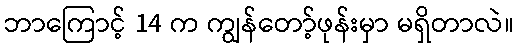
ဘာကြောင့် 14 က ကျွန်တော့်ဖုန်းမှာ မရှိတာလဲ။